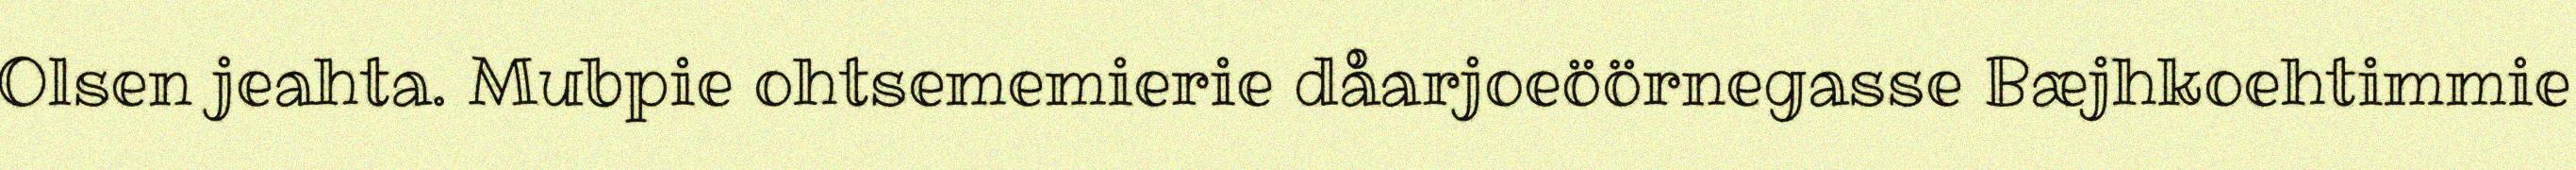
Olsen jeahta. Mubpie ohtsememierie dåarjoeöörnegasse Bæjhkoehtimmie